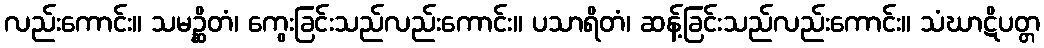
လည်းကောင်း။ သမဉ္ဆိတံ၊ ကွေးခြင်းသည်လည်းကောင်း။ ပသာရိတံ၊ ဆန့်ခြင်းသည်လည်းကောင်း။ သံဃာဋိပတ္တ